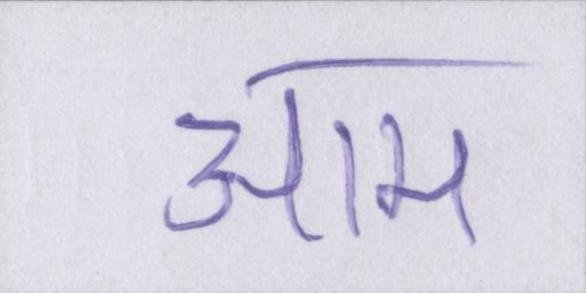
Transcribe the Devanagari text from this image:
आम